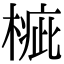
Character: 𣖲